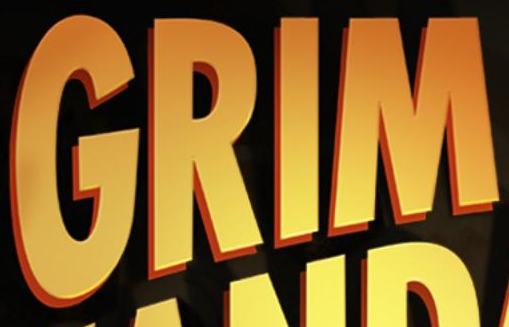
GRIM